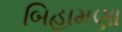
બિહામણા